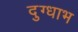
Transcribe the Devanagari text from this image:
दुग्धाभ